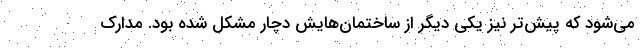
می‌شود که پیش‌تر نیز یکی دیگر از ساختمان‌هایش دچار مشکل شده بود. مدارک